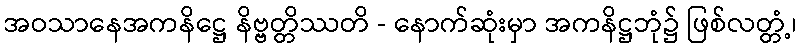
အဝသာနေအကနိဋ္ဌေ နိဗ္ဗတ္တိဿတိ - နောက်ဆုံးမှာ အကနိဋ္ဌဘုံ၌ ဖြစ်လတ္တံ့၊